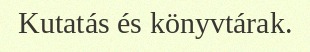
Kutatás és könyvtárak.